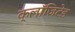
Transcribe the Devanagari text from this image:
क्लॉज़िटेड